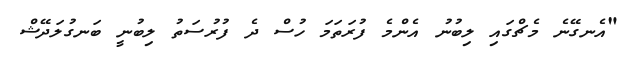
"އެނގޭނެ މެޗްގައި ލިބުނު އެންމެ ފުރަތަމަ ހުސް ދެ ފުރުސަތު ލިބުނީ ބަނގުލަދޭޝް